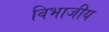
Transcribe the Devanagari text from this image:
विभाजीय